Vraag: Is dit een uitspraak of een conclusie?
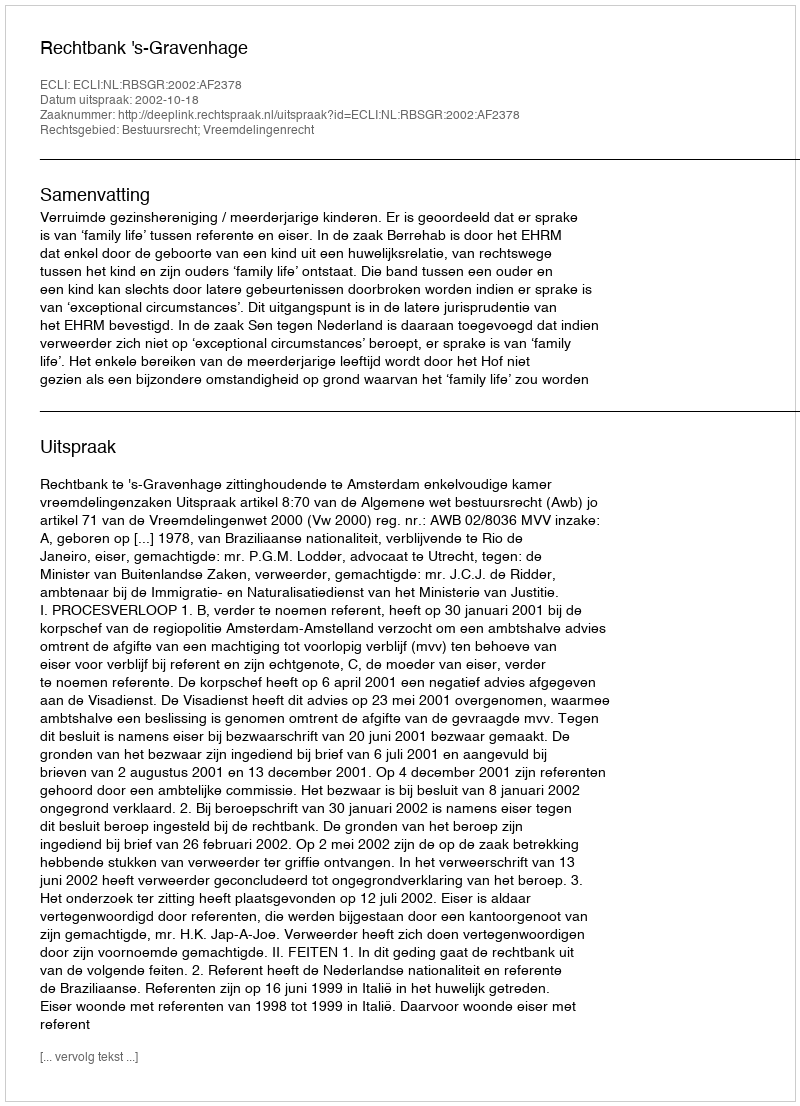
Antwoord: Uitspraak